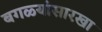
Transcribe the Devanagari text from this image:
बगळ्यांसारखा